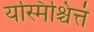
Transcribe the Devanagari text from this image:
यस्मिंश्चित्तं